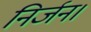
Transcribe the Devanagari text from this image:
निर्जन।